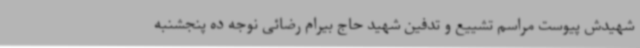
شهیدش پیوست مراسم تشییع و تدفین شهید حاج بیرام رضائی نوجه ده پنجشنبه